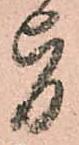
旨